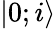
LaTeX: |0;i\rangle